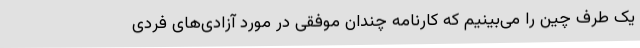
یک طرف چین را می‌بینیم که کارنامه چندان موفقی در مورد آزادی‌های فردی